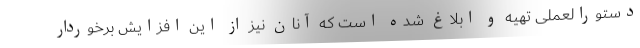
دستورالعملی تهیه و ابلاغ شده است که آنان نیز از این افزایش برخوردار